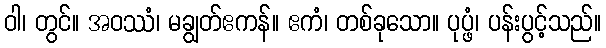
ဝါ၊ တွင်။ အဝဿံ၊ မချွတ်ဧကန်။ ဧကံ၊ တစ်ခုသော။ ပုပ္ဖံ၊ ပန်းပွင့်သည်။